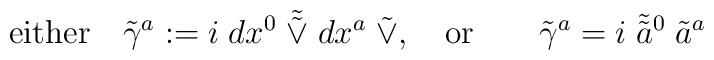
{\rm either} \quad \tilde{\gamma}^a: = i \; dx^0 \;\tilde{\tilde{\vee}} \; dx^a \; \tilde{\vee}, \quad {\rm or} \qquad\tilde{\gamma}^a = i \; \tilde{\tilde{a}}{ }^0 \; \tilde{a}^a